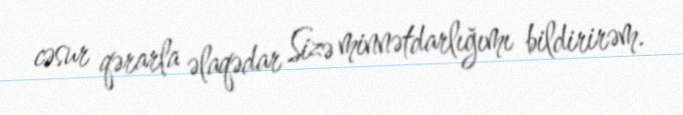
cəsur qərarla əlaqədar Sizə minnətdarlığımı bildirirəm.